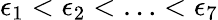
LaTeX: \epsilon_{1}<\epsilon_{2}<\ldots<\epsilon_{7}